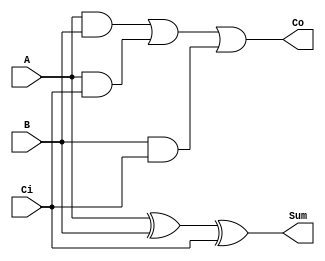
// This program was cloned from: https://github.com/DingWH03/verilog-demo
// License: GNU General Public License v3.0

module FullAdder (
    input A, B, Ci,
    output Sum, Co
);

assign Sum = A ^ B ^ Ci; // Sum bit
assign Co = (A & B) | (A & Ci) | (B & Ci); // Carry out

endmodule